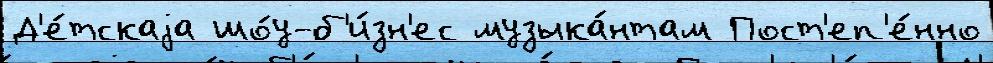
Д'е́тскаjа шо́у-б'и́зн'ес музыка́нтам Пост'еп'е́нно